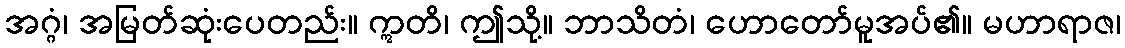
အဂ္ဂံ၊ အမြတ်ဆုံးပေတည်း။ ဣတိ၊ ဤသို့။ ဘာသိတံ၊ ဟောတော်မူအပ်၏။ မဟာရာဇ၊